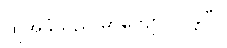
ထိုအခွံသည် မာကျောလာခဲ့ပြီ။